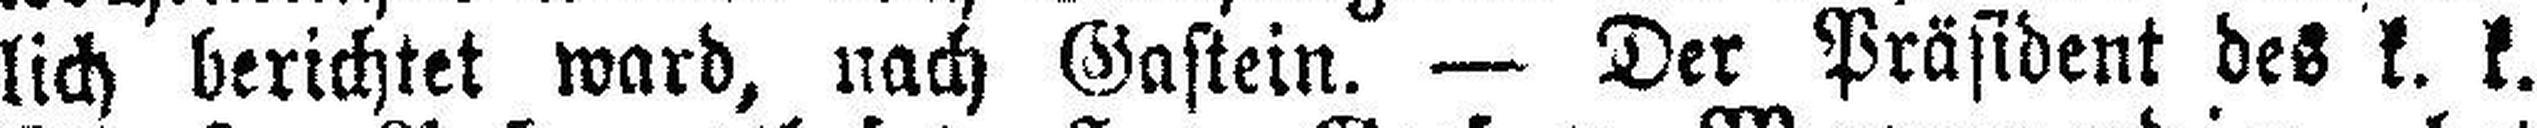
lich berichtet ward, nach Gastein. — Der Präsident des k. k.